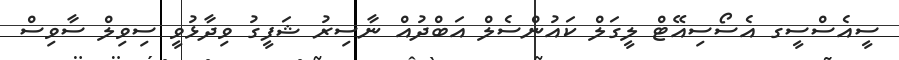
ސީއެސްސީގ އެސޯސިއޭޓް ލީގަލް ކައުންސެލް އަބްދުއް ނާސިރު ޝަފީގު ވިދާޅުވީ ސިވިލް ސާވިސް